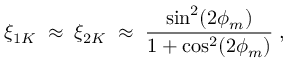
\xi _ { 1 K } \; \approx \; \xi _ { 2 K } \; \approx \; \frac { \sin ^ { 2 } ( 2 \phi _ { m } ) } { 1 + \cos ^ { 2 } ( 2 \phi _ { m } ) } \; ,